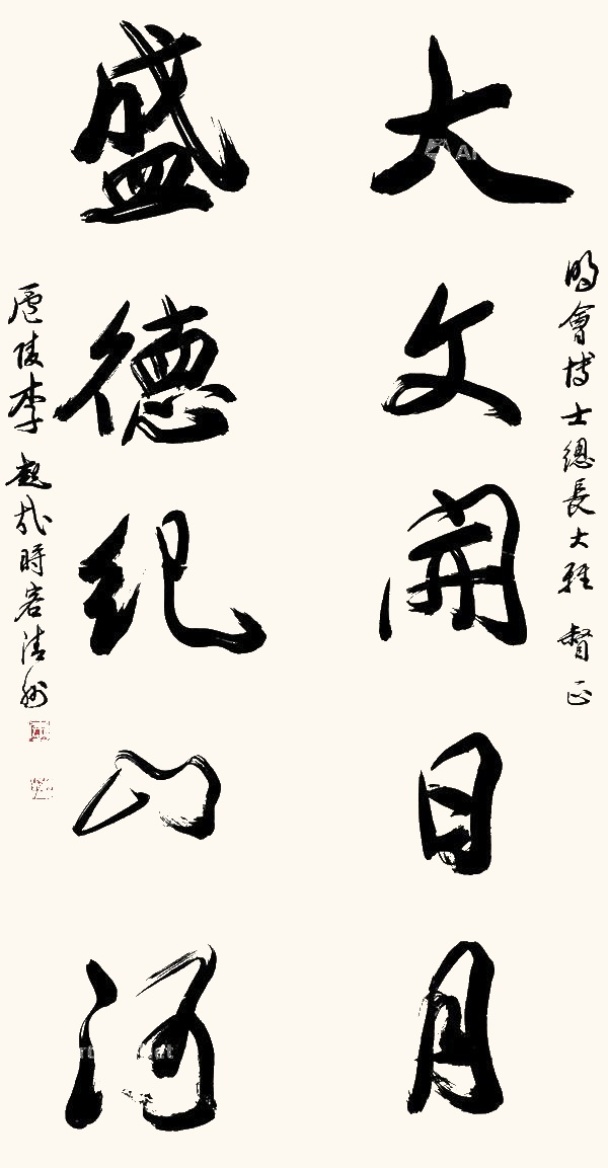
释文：大文开日月，盛德纪山河。时会博士总长大雅督正。庐陵李超哉时客清州。